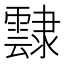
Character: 霴